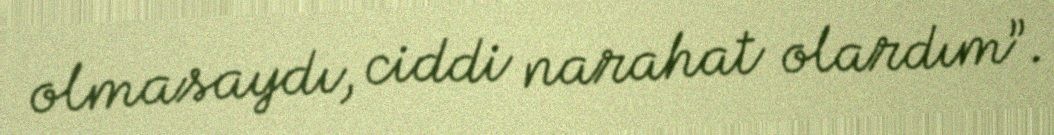
olmasaydı, ciddi narahat olardım”.